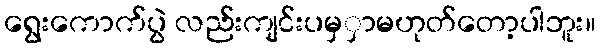
ရွေးကောက်ပွဲ လည်းကျင်းပမှှာမဟုတ်တော့ပါဘူး။